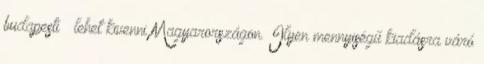
budapesti – lehet kivenni Magyarországon. Ilyen mennyiségű kiadásra váró